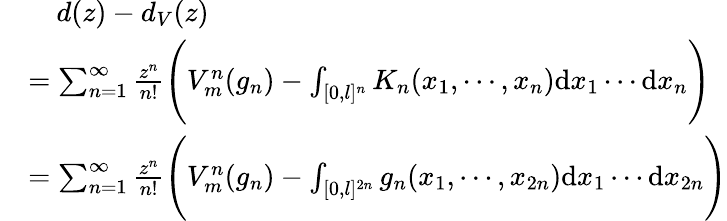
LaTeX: \begin{array}{rl}&{~~~~d(z)-d_{V}(z)}\\ &{=\sum_{n=1}^{\infty}\frac{z^{n}}{n!}\Bigg(V_{m}^{n}(g_{n})-\int_{[0,l]^{n}}K_{n}(x_{1},\cdots,x_{n})\mathrm{d}x_{1}\cdots\mathrm{d}x_{n}\Bigg)}\\ &{=\sum_{n=1}^{\infty}\frac{z^{n}}{n!}\Bigg(V_{m}^{n}(g_{n})-\int_{[0,l]^{2n}}g_{n}(x_{1},\cdots,x_{2n})\mathrm{d}x_{1}\cdots\mathrm{d}x_{2n}\Bigg)}\end{array}